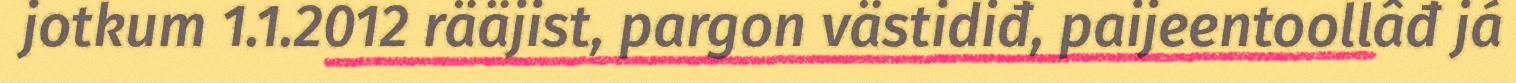
jotkum 1.1.2012 rääjist, pargon västidiđ, paijeentoollâđ já